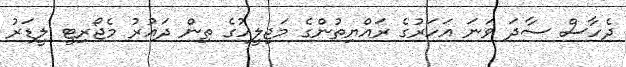
ދެހާސް ސާދަ ވަނަ އަހަރުގެ ރައްޔިތުންގެ މަޖިލީހުގެ ތިން ދައުރު މެޖޯރިޓީ ލީޑަރު